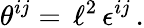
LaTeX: \theta^{ij}=\, \ell^{2}\, \epsilon^{ij}\, .